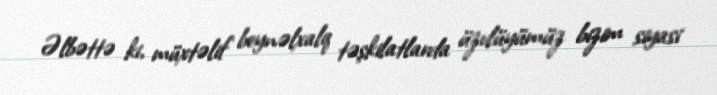
Əlbəttə ki, müxtəlif beynəlxalq təşkilatlarda üzvlüyümüz bizim siyasi